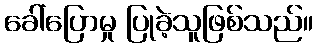
ခေါ်ပြောမှု ပြုခဲ့သူဖြစ်သည်။